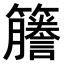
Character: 𫂭